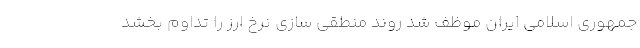
جمهوری اسلامی ایران موظف شد روند منطقی سازی نرخ ارز را تداوم بخشد